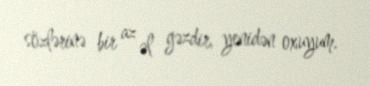
sözlərinə bir az əl gəzdir, yenidən oxuyum.